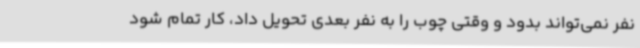
نفر نمی‌تواند بدود و وقتی چوب را به نفر بعدی تحویل داد، کار تمام شود